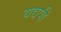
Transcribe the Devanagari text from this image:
यद्यपी